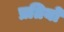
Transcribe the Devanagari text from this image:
प्रतियो